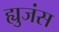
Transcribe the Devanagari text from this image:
ह्युजंस